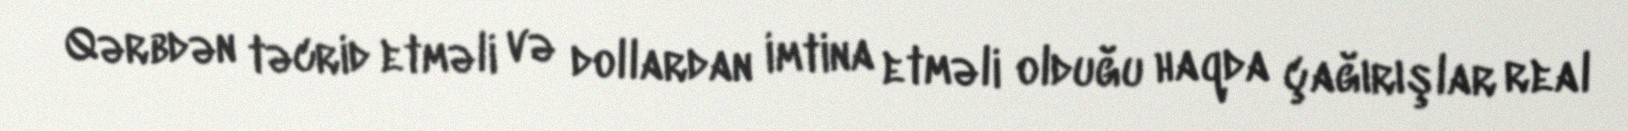
Qərbdən təcrid etməli və dollardan imtina etməli olduğu haqda çağırışlar real